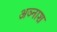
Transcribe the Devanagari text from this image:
अञ्नाश